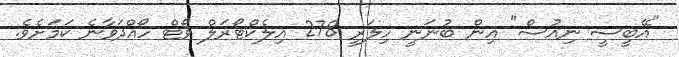
"އޭބީސީ ނިއުސް" އިން ބުނަނީ ހިލަރީ 278 އިލެކްޓޯރަލް ވޯޓް ހޯއްދަވާނެ ކަމަށެވެ.